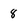
Character: 8